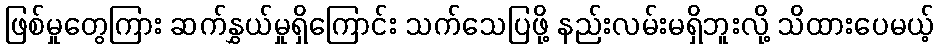
ဖြစ်မှုတွေကြား ဆက်နွှယ်မှုရှိကြောင်း သက်သေပြဖို့ နည်းလမ်းမရှိဘူးလို့ သိထားပေမယ့်